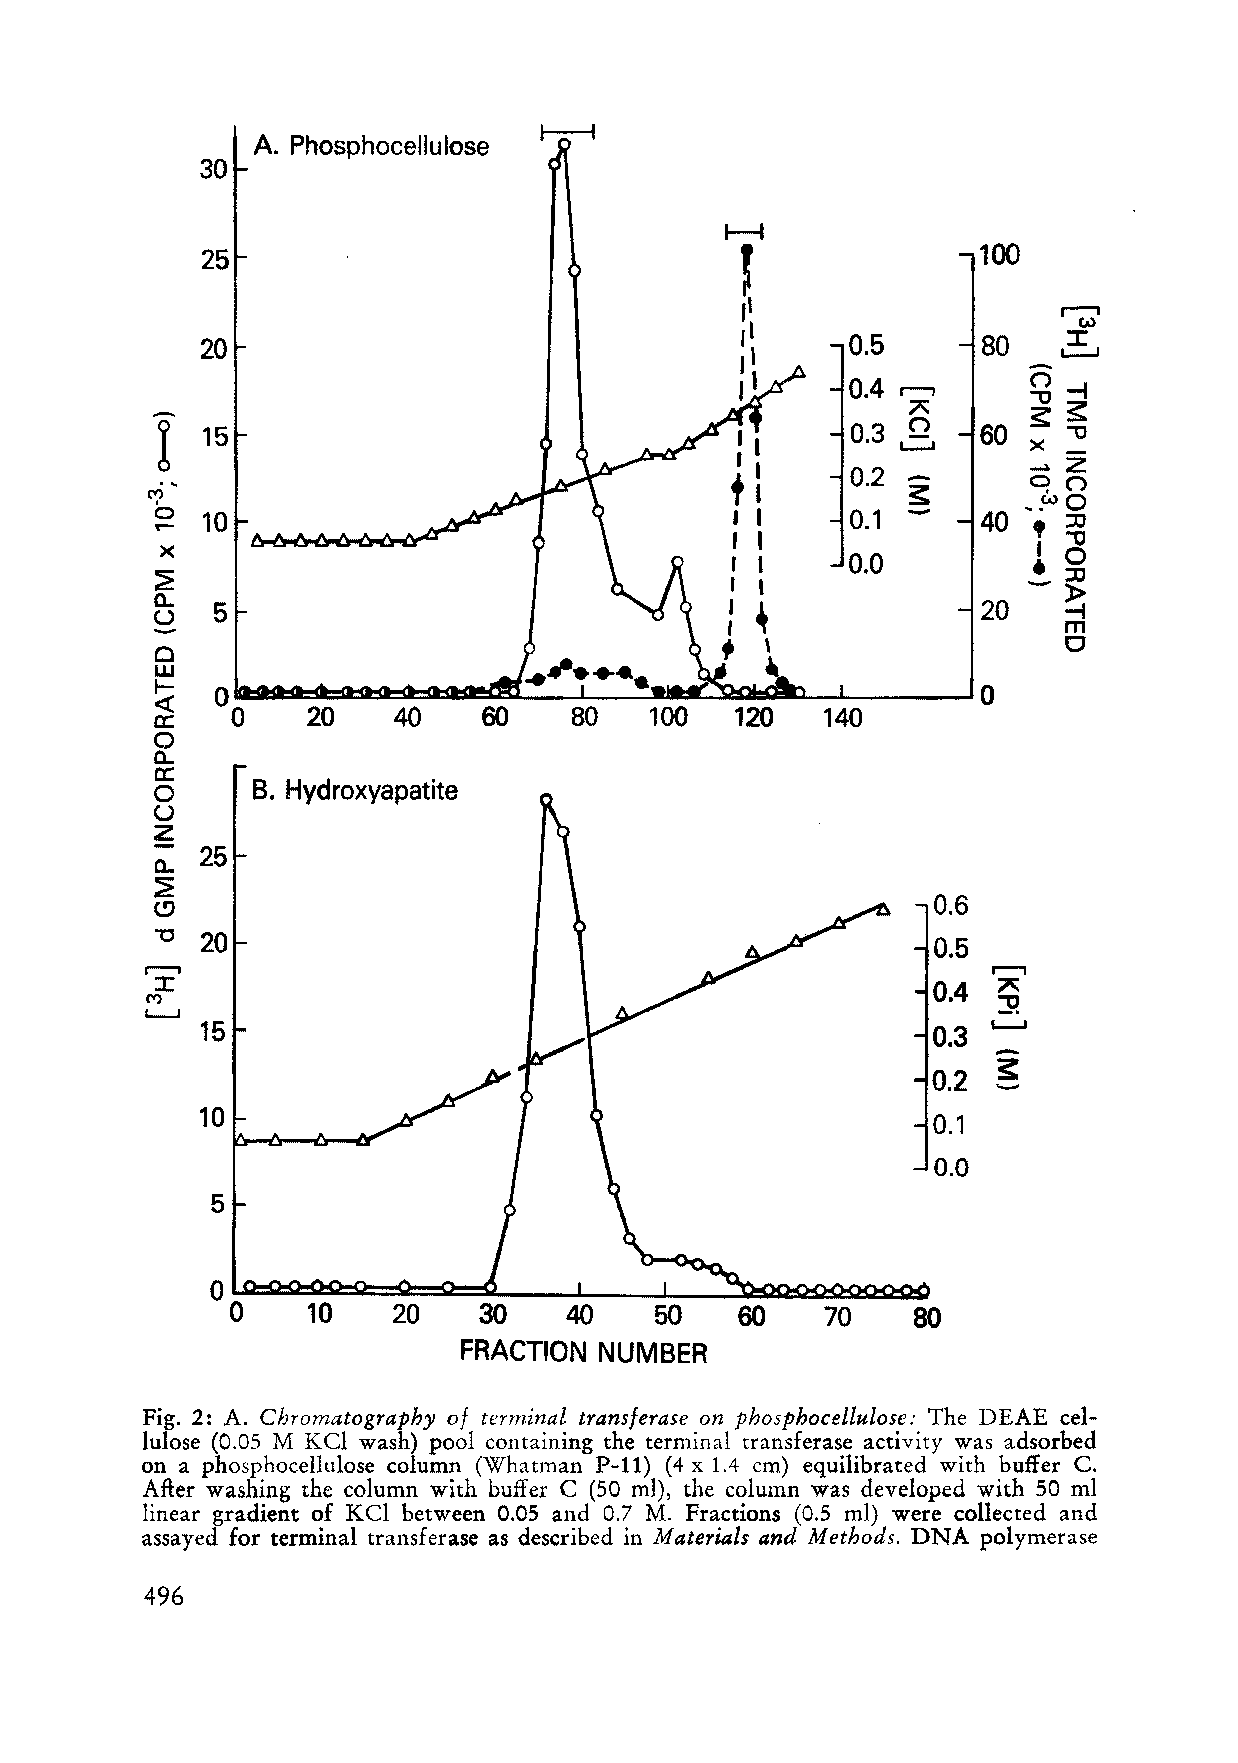
A. Phosphocellulose
 30
 25                                                  100
 ~
 20                                         0.5      80 - :r:
 I...--J
 ,...,
 0.4         ("')-f
 -                                                         -Os::
 r::
 I  15                                         0.3 ("') 60 3:-0
 X  _
 L-.-..J
 ....                                         0.2         -2
 <-'?                                              s::     ..~ ..( "' 0)
 0  10                                         0.1      40 ,
 :0
 1"'tJ
 X                                            0.0         • 0
 _:0
 ~
 -ua.. 5                                                20   ~
 m
 0
 Cl
 w
 «t- 0                                                  0
 a:   0    20    40    60    80   100   120  140
 0
 a..
 a:
 0      B. Hydroxyapatite
 u
 Z
 25
 a..
 ~
 0.6
 (!j
 "0 20                                               0.5
 .......,
 r--"I
 J:                                                  0.4 r::
 ('t)                                                    ::9.
 I....-J
 15                                               0.3 I.-...-J
 s:
 0.2
 10
 0.1
 0.0
 5
 °0~~1~0~~~~--~--~--~~~~~
 20    30   40    50    60   70    80
 FRACTION  NUMBER
 Fig. 2: A. Chromatography 0/ terminal transferase on phosphocellulose: The DEAE cel
 lulose (0.05 M KCI wash) pool containing the terminal transferase activity was adsorbed
 on a phosphocellulose column (Whatman P-ll) (4 x 1.4 cm) equilibrated with buffer C.
 After washing the column with buffer C (50 ml), the column was developed with 50 ml
 linear gradient of KCl between 0.05 and 0.7 M. Fractions (0.5 ml) were collected and
 assayed for terminal transferase as described in Materials and Methods. DNA polymerase
 496